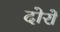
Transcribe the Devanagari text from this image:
दोरों